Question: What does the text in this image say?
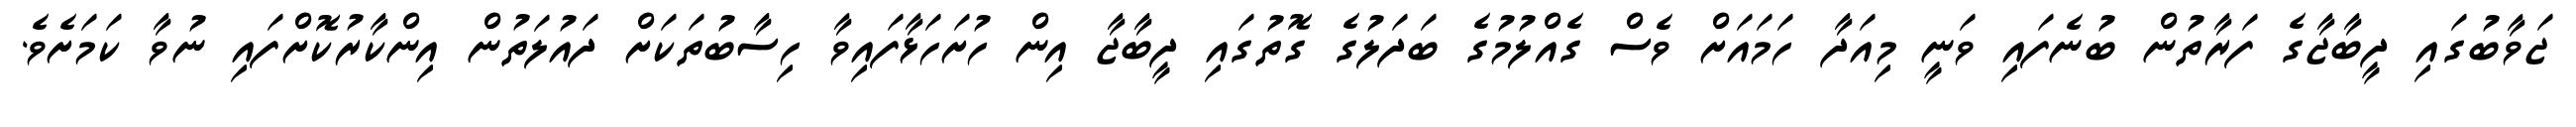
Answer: ޖަވާބުގައި ދީބާޖާގެ ފަރާތުން ބުނެފައި ވަނީ މިއަދާ ހަމައަށް ވެސް ގެއްލުމުގެ ބަދަލުގެ ގޮތުގައި ދީބާޖާ އިން ހުށަހަޅާފައިވާ ހިސާބުތަކަށް ދައުލަތުން އިންކާރުކޮށްފައި ނުވާ ކަމަށެވެ.